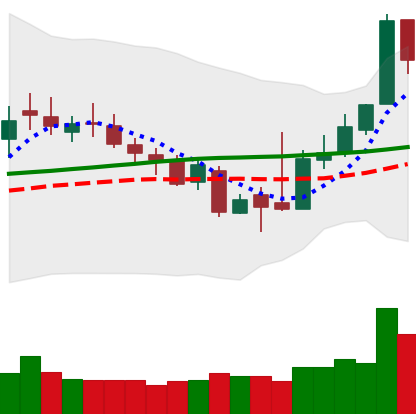
Ticker: XLM-USD
Chart end date: 2018-11-07
Forward return: 4.132%
Label: up_3_5